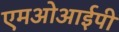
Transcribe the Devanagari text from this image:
एमओआईपी